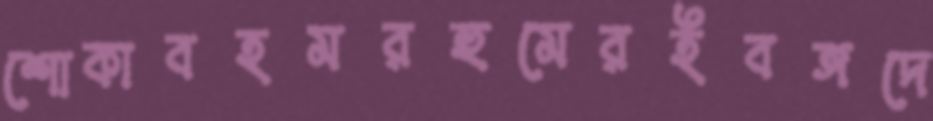
শোকাবহমরহুমেরইবঙ্গদে